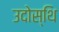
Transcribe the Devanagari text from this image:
उदोस्थि